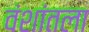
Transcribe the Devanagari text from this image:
वंशांतला